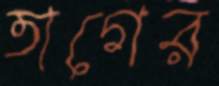
তাগের